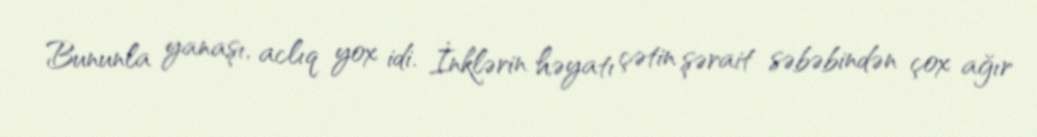
Bununla yanaşı, aclıq yox idi. İnklərin həyatı çətin şərait səbəbindən çox ağır